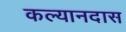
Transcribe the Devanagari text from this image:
कल्यानदास